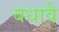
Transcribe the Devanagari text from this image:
बधावै